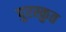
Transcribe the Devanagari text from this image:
पुरस्कुत